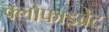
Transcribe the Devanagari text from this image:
क्लोफाइब्रेट